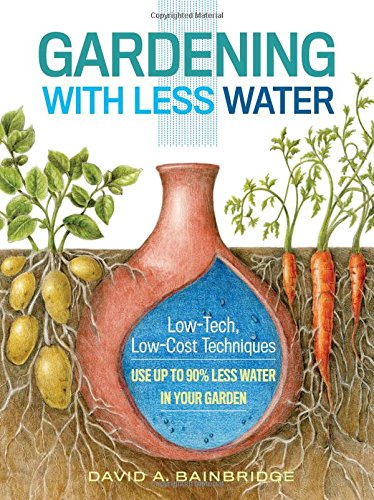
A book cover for Gardening with Less Water: Low-Tech, Low-Cost Techniques; Use up to 90% Less Water in Your Garden; David A. Bainbridge; Crafts, Hobbies & Home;